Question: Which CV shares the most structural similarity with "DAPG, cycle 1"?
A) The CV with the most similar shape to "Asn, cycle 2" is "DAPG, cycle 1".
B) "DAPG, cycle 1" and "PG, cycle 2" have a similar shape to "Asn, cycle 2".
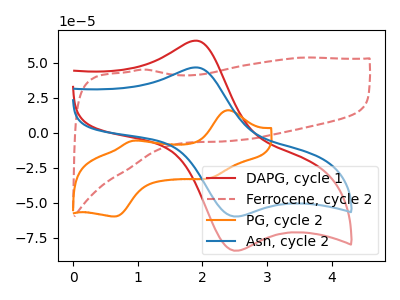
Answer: <think>The red curve "DAPG, cycle 1" has an anodic peak at (1.90V, 65.90uA) and a cathodic peak at (2.55V, -84.30uA). The red dashed curve "Ferrocene, cycle 2" has no peaks. The orange curve "PG, cycle 2" has anodic peaks at (2.40V, 16.20uA) (0.90V, -5.70uA) and cathodic peaks at (2.10V, -32.60uA) (0.65V, -59.80uA). The blue curve "Asn, cycle 2" has an anodic peak at (1.90V, 46.80uA) and a cathodic peak at (2.55V, -59.85uA).
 "DAPG, cycle 1" and "Ferrocene, cycle 2" have a different number of peaks. "DAPG, cycle 1" and "PG, cycle 2" have a different number of peaks. All the peaks in "DAPG, cycle 1" have a peak in "Asn, cycle 2" at the same potential. Every peak in "DAPG, cycle 1" is higher than every peak in "Asn, cycle 2". "Ferrocene, cycle 2" and "PG, cycle 2" have a different number of peaks. "Ferrocene, cycle 2" and "Asn, cycle 2" have a different number of peaks. "PG, cycle 2" and "Asn, cycle 2" have a different number of peaks.</think>
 <answer>A) The CV with the most similar shape to "Asn, cycle 2" is "DAPG, cycle 1".</answer>
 <eval>A</eval>